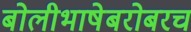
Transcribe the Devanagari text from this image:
बोलीभाषेबरोबरच